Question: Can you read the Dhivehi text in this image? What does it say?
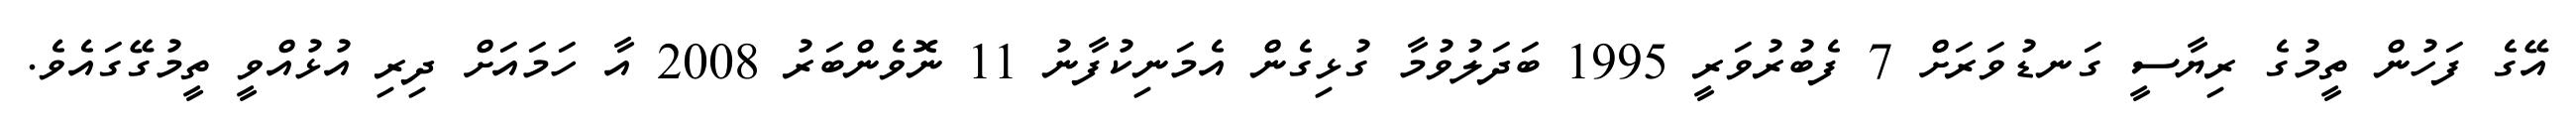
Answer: އޭގެ ފަހުން ތީމުގެ ރިޔާސީ ގަނޑުވަރަށް 7 ފެބުރުވަރީ 1995 ބަދަލުވުމާ ގުޅިގެން އެމަނިކުފާނު 11 ނޮވެންބަރު 2008 އާ ހަމައަށް ދިރި އުޅުއްވީ ތީމުގޭގައެވެ.